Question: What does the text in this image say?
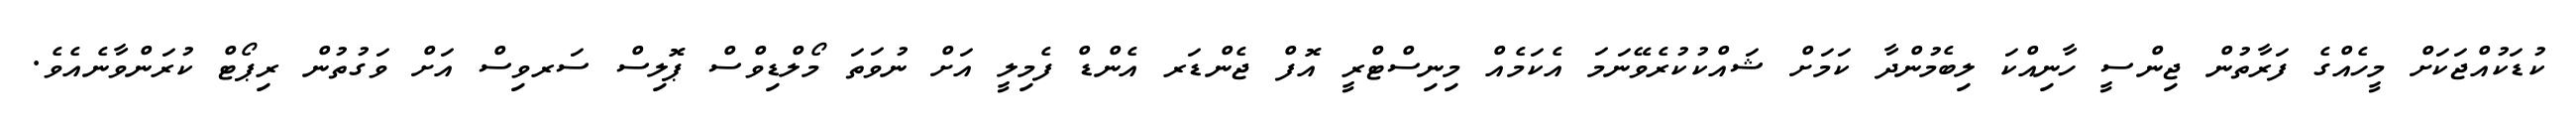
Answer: ކުޑަކުއްޖަކަށް މީހެއްގެ ފަރާތުން ޖިންސީ ހާނިއްކަ ލިބެމުންދާ ކަމަށް ޝައްކުކުރެވޭނަމަ އެކަމެއް މިނިސްޓްރީ އޮފް ޖެންޑަރ އެންޑް ފެމިލީ އަށް ނުވަތަ މޯލްޑިވްސް ޕޮލިސް ސަރވިސް އަށް ވަގުތުން ރިޕޯޓް ކުރަންވާނެއެވެ.